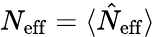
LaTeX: N_{\mathrm{eff}}=\langle\hat{N}_{\mathrm{eff}}\rangle